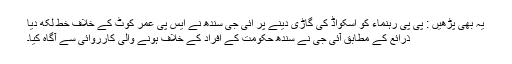
یہ بھی پڑھیں : پی پی رہنماء کو اسکواڈ کی گاڑی دینے پر آئی جی سندھ نے ایس پی عمر کوٹ کے خلاف خط لکھ دیا
ذرائع کے مطابق آئی جی نے سندھ حکومت کے افراد کے خلاف ہونے والی کارروائی سے آگاہ کیا۔